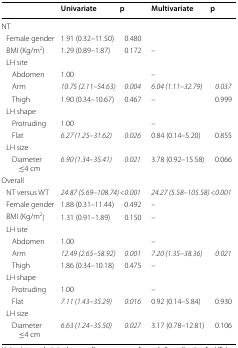
<table><thead><tr><td></td><td><b>Univariate</b></td><td><b>p</b></td><td><b>Multivariate</b></td><td><b>p</b></td></tr></thead><tbody><tr><td colspan="5">NT</td></tr><tr><td> Female gender</td><td>1.91 (0.32–11.50)</td><td>0.480</td><td></td><td></td></tr><tr><td> BMI (Kg/m<sup>2</sup>)</td><td>1.29 (0.89–1.87)</td><td>0.172</td><td>–</td><td></td></tr><tr><td colspan="5"> LH site</td></tr><tr><td>Abdomen</td><td>1.00</td><td></td><td>–</td><td></td></tr><tr><td>Arm</td><td><i>10.75 (2.11–54.63)</i></td><td><i>0.004</i></td><td><i>6.04 (1.11–32.79)</i></td><td><i>0.037</i></td></tr><tr><td>Thigh</td><td>1.90 (0.34–10.67)</td><td>0.467</td><td>–</td><td>0.999</td></tr><tr><td colspan="5"> LH shape</td></tr><tr><td>Protruding</td><td>1.00</td><td></td><td>–</td><td></td></tr><tr><td>Flat</td><td><i>6.27 (1.25–31.62)</i></td><td><i>0.026</i></td><td>0.84 (0.14–5.20)</td><td>0.855</td></tr><tr><td colspan="5"> LH size</td></tr><tr><td>Diameter ≤4 cm</td><td><i>6.90 (1.34–35.41)</i></td><td><i>0.021</i></td><td>3.78 (0.92–15.58)</td><td>0.066</td></tr><tr><td colspan="5">Overall</td></tr><tr><td> NT versus WT</td><td><i>24.87 (5.69–108.74)</i></td><td><i>&lt;0.001</i></td><td><i>24.27 (5.58–105.58)</i></td><td><i>&lt;0.001</i></td></tr><tr><td> Female gender</td><td>1.88 (0.31–11.44)</td><td>0.492</td><td>–</td><td></td></tr><tr><td> BMI (Kg/m<sup>2</sup>)</td><td>1.31 (0.91–1.89)</td><td>0.150</td><td>–</td><td></td></tr><tr><td colspan="5"> LH site</td></tr><tr><td>Abdomen</td><td>1.00</td><td></td><td>–</td><td></td></tr><tr><td>Arm</td><td><i>12.49 (2.65–58.92)</i></td><td><i>0.001</i></td><td><i>7.20 (1.35–38.36)</i></td><td><i>0.021</i></td></tr><tr><td>Thigh</td><td>1.86 (0.34–10.18)</td><td>0.475</td><td>–</td><td></td></tr><tr><td colspan="5"> LH shape</td></tr><tr><td>Protruding</td><td>1.00</td><td></td><td>–</td><td></td></tr><tr><td>Flat</td><td><i>7.11 (1.43–35.29)</i></td><td><i>0.016</i></td><td>0.92 (0.14–5.84)</td><td>0.930</td></tr><tr><td colspan="5"> LH size</td></tr><tr><td>Diameter ≤4 cm</td><td><i>6.63 (1.24–35.50)</i></td><td><i>0.027</i></td><td>3.17 (0.78–12.81)</td><td>0.106</td></tr></tbody></table>